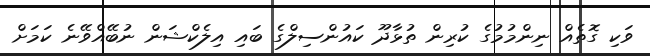
ވަކި ގޮތެއް ނިންމުމުގެ ކުރިން ތުޅާދޫ ކައުންސިލްގެ ބައި އިލެކްޝަން ނުބޭއްވޭނެ ކަމަށް